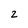
Character: 2